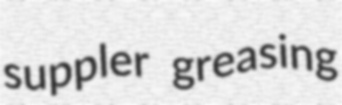
suppler greasing